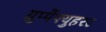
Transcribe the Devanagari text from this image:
ग्रुप्पेंफ्युहरर